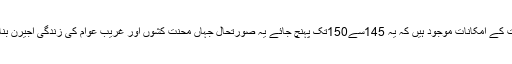
ان حالات میں ڈالر کی قیمت میں ایک بارپھر آضافہ ہوسکتا ہے اور اس بات کے امکانات موجود ہیں کہ یہ 145سے150تک پہنچ جائے یہ صورتحال جہاں محنت کشوں اور غریب عوام کی زندگی اجیرن بنادے گی اس کے ساتھ چھوٹا تاجر طبقہ بھی اس سے بری طرح متاثر ہوگا۔